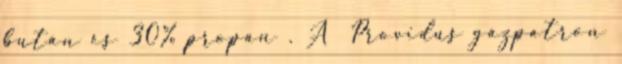
bután és 30% propán . A ​ Providus gázpatron